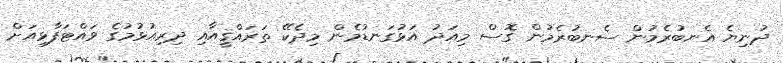
ދުނިޔެ އެނބުރެމުން ސެނބުރެމުން ގޮސް މިއަދު އަޅުގަނޑުމެން މިދެކޭ ތަރައްޤީއާއި ދިރިއުޅުމުގެ ވައްޓަފާޅިއަށް